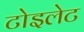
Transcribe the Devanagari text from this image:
टोइलेट